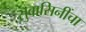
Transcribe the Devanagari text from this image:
सुवासिनींचा